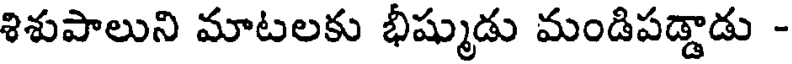
శిశుపాలుని మాటలకు భీష్ముడు మండిపడ్డాడు -